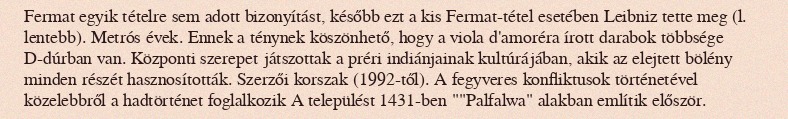
Fermat egyik tételre sem adott bizonyítást, később ezt a kis Fermat-tétel esetében Leibniz tette meg (l. lentebb). Metrós évek. Ennek a ténynek köszönhető, hogy a viola d'amoréra írott darabok többsége D-dúrban van. Központi szerepet játszottak a préri indiánjainak kultúrájában, akik az elejtett bölény minden részét hasznosították. Szerzői korszak (1992-től). A fegyveres konfliktusok történetével közelebbről a hadtörténet foglalkozik A települést 1431-ben ""Palfalwa" alakban említik először.